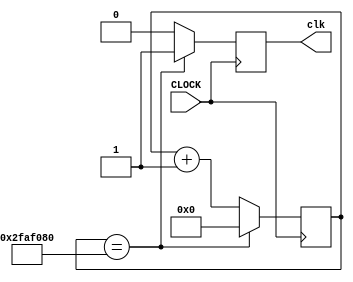
module DivisorFreq_1s(CLOCK,clk);
	input CLOCK;
	output reg clk;	
	reg [25:0] cont;

	always @ (posedge CLOCK)
		if (cont == 26'd50000000) begin
			cont <= 26'd0;
			clk = 1;
		end
		else begin
			cont <= cont+1;
			clk = 0;
		end

endmodule